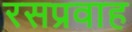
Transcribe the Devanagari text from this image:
रसप्रवाह